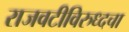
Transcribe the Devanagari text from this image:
राजवटीविरुध्दचा